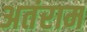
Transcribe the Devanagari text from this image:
अतंराम